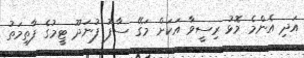
އަދި އެންމެ މޮޅު ރިސީވާ އަކަށް މަަގޭ ސާފު ފުނަދޫ ޓީމުގެ ފާތިމަތު